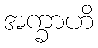
အက္ခာဟိ